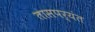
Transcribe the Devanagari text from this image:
तासपर्यंत